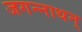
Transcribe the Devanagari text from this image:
जगन्नाथन्